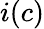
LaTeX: i(c)